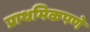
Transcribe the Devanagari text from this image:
प्राथमिकपणे